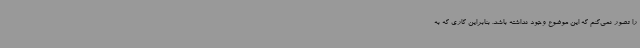
را تصور نمی‌کنم که این موضوع وجود نداشته باشد. بنابراین کاری که به